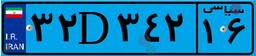
۵۵D۱۰۶۰۸